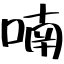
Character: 喃